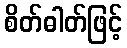
စိတ်ဓါတ်ဖြင့်